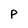
Character: p